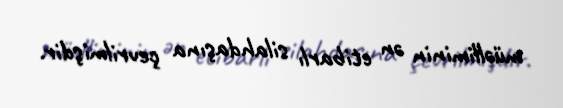
müəlliminin ən etibarlı silahdaşına çevrilmişdir.